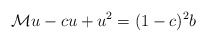
\begin{align*}\mathcal{M}u-cu+u^2=(1-c)^2b\end{align*}